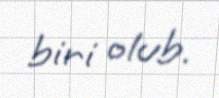
biri olub.